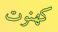
كھنوت